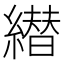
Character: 𦅦